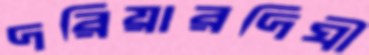
দরিয়ারদিঘী